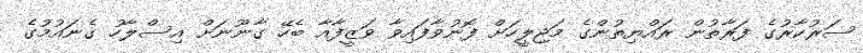
ސަރުކާރުގެ ފަރާތުން ރައްޔިތުންގެ މަޖިލީހަށް ފޮނުވާފައިވާ ވަޒީފާއާ ބެހޭ ގާނޫނަށް އިސްލާހު ގެނައުމުގެ